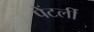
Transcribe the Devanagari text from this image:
पेंटर्ली